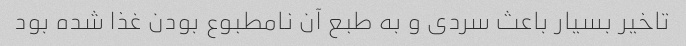
تاخیر بسیار باعث سردی و به طبع آن نامطبوع بودن غذا شده بود